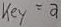
Text: Key = a